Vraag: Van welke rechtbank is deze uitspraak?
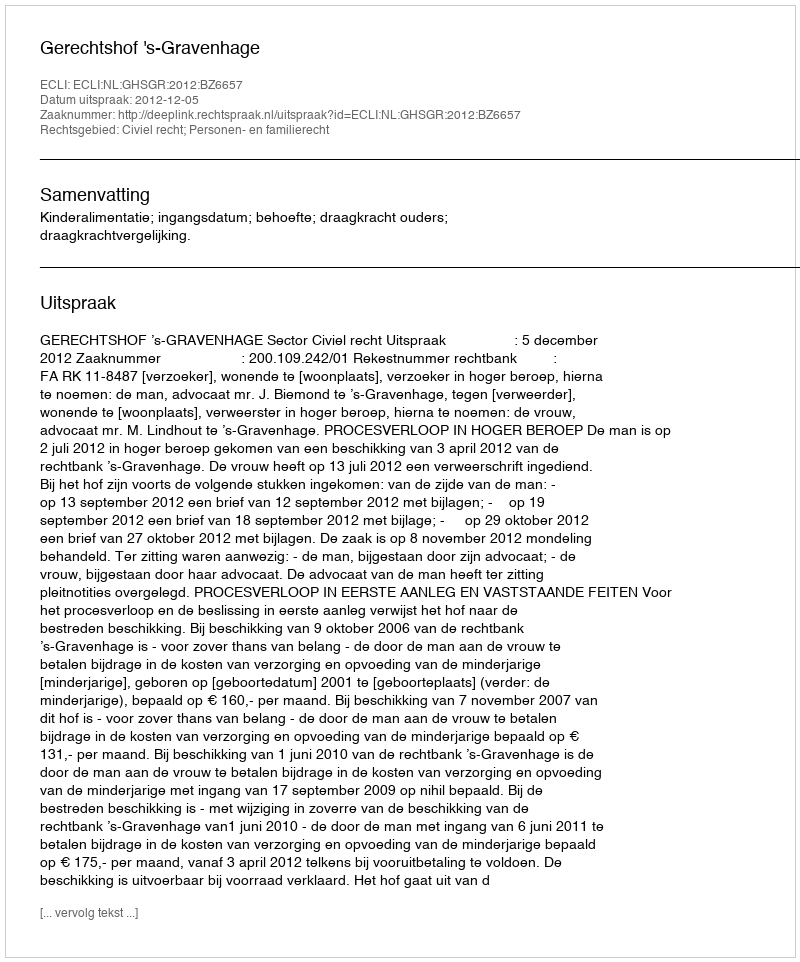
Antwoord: Gerechtshof 's-Gravenhage